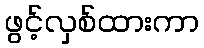
ဖွင့်လှစ်ထားကာ